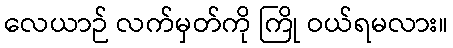
လေယာဉ် လက်မှတ်ကို ကြို ဝယ်ရမလား။